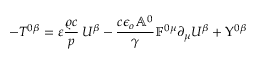
- T ^ { 0 \beta } = \varepsilon \frac { \varrho c } { p } \, U ^ { \beta } - \frac { c \epsilon _ { o } \mathbb { A } ^ { 0 } } { \gamma } \mathbb { F } ^ { 0 \mu } \partial _ { \mu } U ^ { \beta } + \Upsilon ^ { 0 \beta }